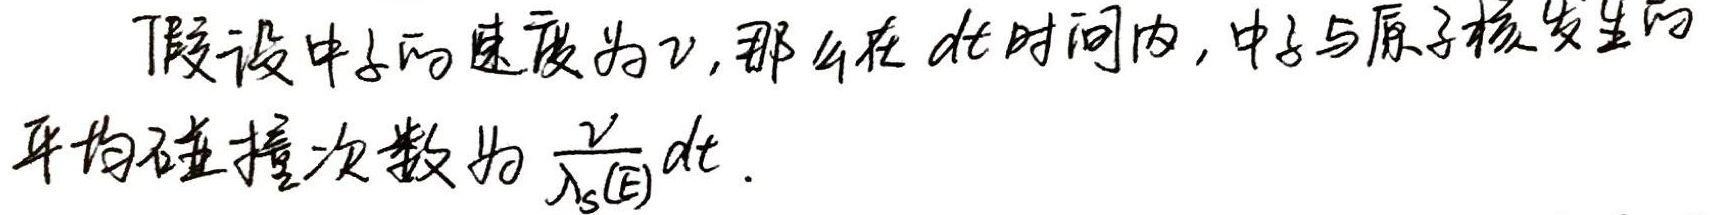
假设中子的速度为\(v\)，那么在\(dt\)时间内，中子与原子核发生的平均碰撞次数为\(\frac{v}{\lambda_{s}(E)}dt\) .